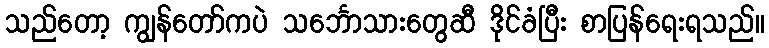
သည်တော့ ကျွန်တော်ကပဲ သင်္ဘောသားတွေဆီ ဒိုင်ခံပြီး စာပြန်ရေးရသည်။